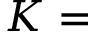
K =